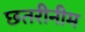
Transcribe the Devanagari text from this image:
छतरीनीम